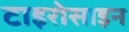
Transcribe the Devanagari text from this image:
टाइरोसाइन